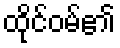
ထိုင်ဝမ်၏